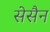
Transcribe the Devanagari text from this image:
सेसैन